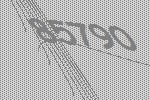
85790